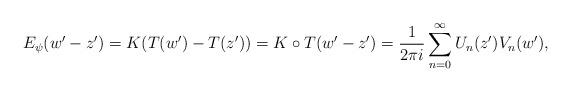
LaTeX: \begin{align*}E_{\psi}( w' - z' ) = K (T(w')-T(z')) = K\circ T (w'- z') = \frac{1}{2\pi i } \sum_{n=0}^{\infty}U_n(z')V_n(w'), \end{align*}